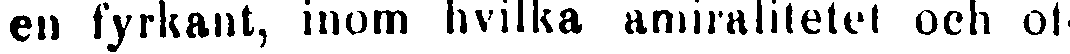
en fyrkant, inom hvilka amiralitetet och ot